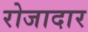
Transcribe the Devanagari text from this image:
रोजादार